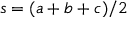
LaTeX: s = ( a + b + c ) / 2